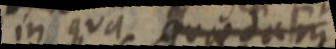
in qua quaedam